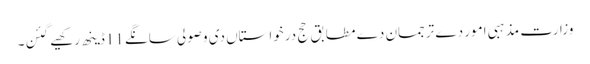
وزارت مذہبی امور دے ترجمان دے مطابق حج درخواستاں دی وصولی سانگے 11ڈینھ رکھیے گئن۔